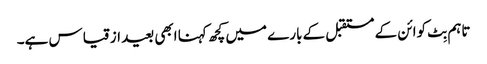
تاہم بِٹ کوائن کے مستقبل کے بارے میں کچھ کہنا ابھی بعید از قیاس ہے۔